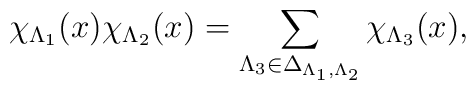
\chi_{\Lambda_{1}}(x)\chi_{\Lambda_{2}}(x)=\sum_{\Lambda_{3}\in\Delta_{\Lambda_{1},\Lambda_{2}}}\chi_{\Lambda_{3}}(x),